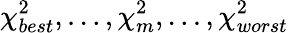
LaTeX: \chi_{best}^{2},\ldots,\chi_{m}^{2},\ldots,\chi_{worst}^{2}